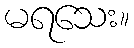
မရသေး။